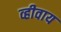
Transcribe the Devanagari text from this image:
व्हीवाय